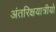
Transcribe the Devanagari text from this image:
अंतरिक्षयात्रीयो